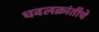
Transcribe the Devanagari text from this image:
धवलक्रांतीचे